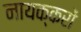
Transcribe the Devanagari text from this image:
नायक्करों